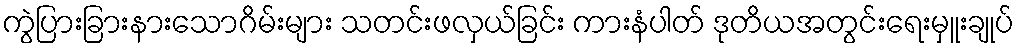
ကွဲပြားခြားနားသောဂိမ်းများ သတင်းဖလှယ်ခြင်း ကားနံပါတ် ဒုတိယအတွင်းရေးမှူးချုပ်